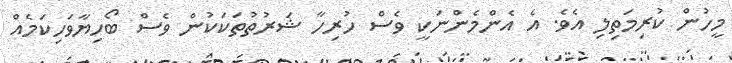
މީހުން ކުރިމަތިލި އެވެ. އެ އެންމެންނަކީ ވެސް ހުރިހާ ޝަރުތުތަކަކުން ވެސް ބޯހިޔާވަހިކަމެއް